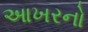
આખરનો